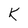
Character: k